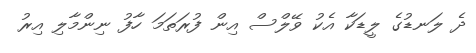
ދެ ލަނޑުގެ ލީޑަކާ އެކު ވޭލްސް އިން ފުރަތަމަ ހާފު ނިންމާލި އިރު